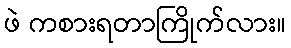
ဖဲ ကစားရတာကြိုက်လား။